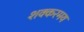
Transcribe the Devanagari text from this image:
शक्करमय